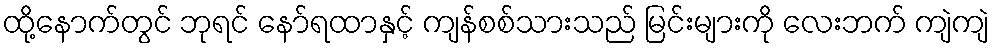
ထို့နောက်တွင် ဘုရင် နော်ရထာနှင့် ကျန်စစ်သားသည် မြင်းများကို လေးဘက် ကျဲကျဲ